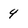
Character: 4